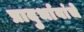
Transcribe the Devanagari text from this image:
प्रादुर्भावांचे